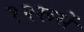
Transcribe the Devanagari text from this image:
१२रूसें